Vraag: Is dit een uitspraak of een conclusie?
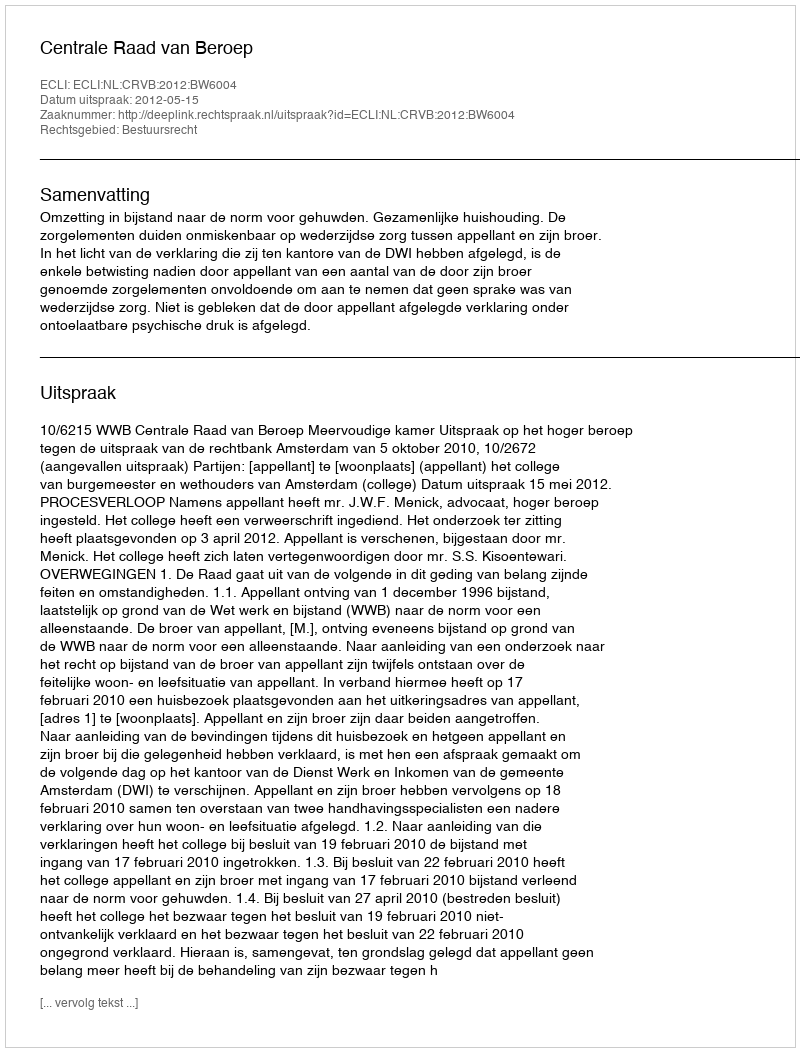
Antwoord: Uitspraak